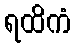
ရထိကံ